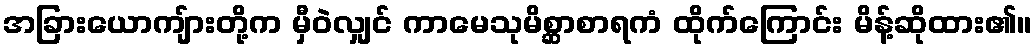
အခြားယောကျ်ားတို့က မှီဝဲလျှင် ကာမေသုမိစ္ဆာစာရကံ ထိုက်ကြောင်း မိန့်ဆိုထား၏။